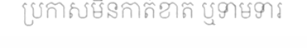
ប្រកាសមិនកាត់ខាត ឬទាមទារ